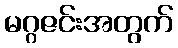
မဂ္ဂဇင်းအတွက်